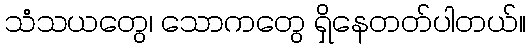
သံသယတွေ၊ သောကတွေ ရှိနေတတ်ပါတယ်။